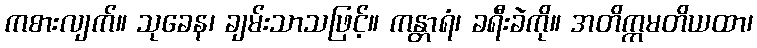
ကစားလျက်။ သုခေန၊ ချမ်းသာသဖြင့်။ ကန္တာရံ၊ ခရီးခဲကို။ အတိက္ကမတိယထာ၊